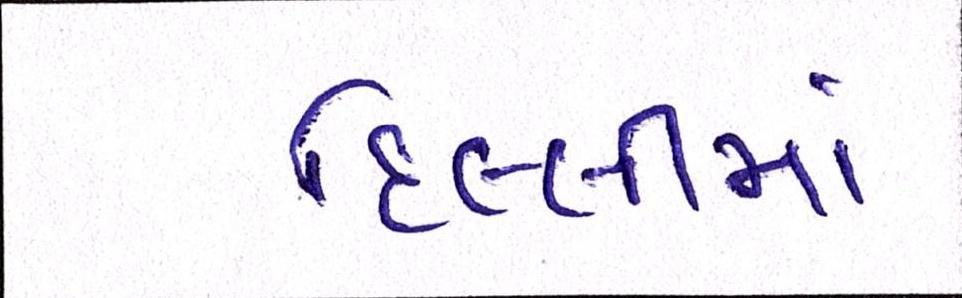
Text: દિલ્લીમાં